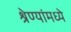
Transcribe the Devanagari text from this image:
श्रेण्यांमध्ये